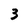
Character: 3